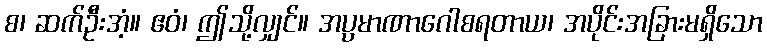
စ၊ ဆက်ဦးအံ့။ ဧဝံ၊ ဤသို့လျှင်။ အပ္ပမာဏာဂေါစရတာယ၊ အပိုင်းအခြားမရှိသော